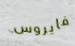
فايروس